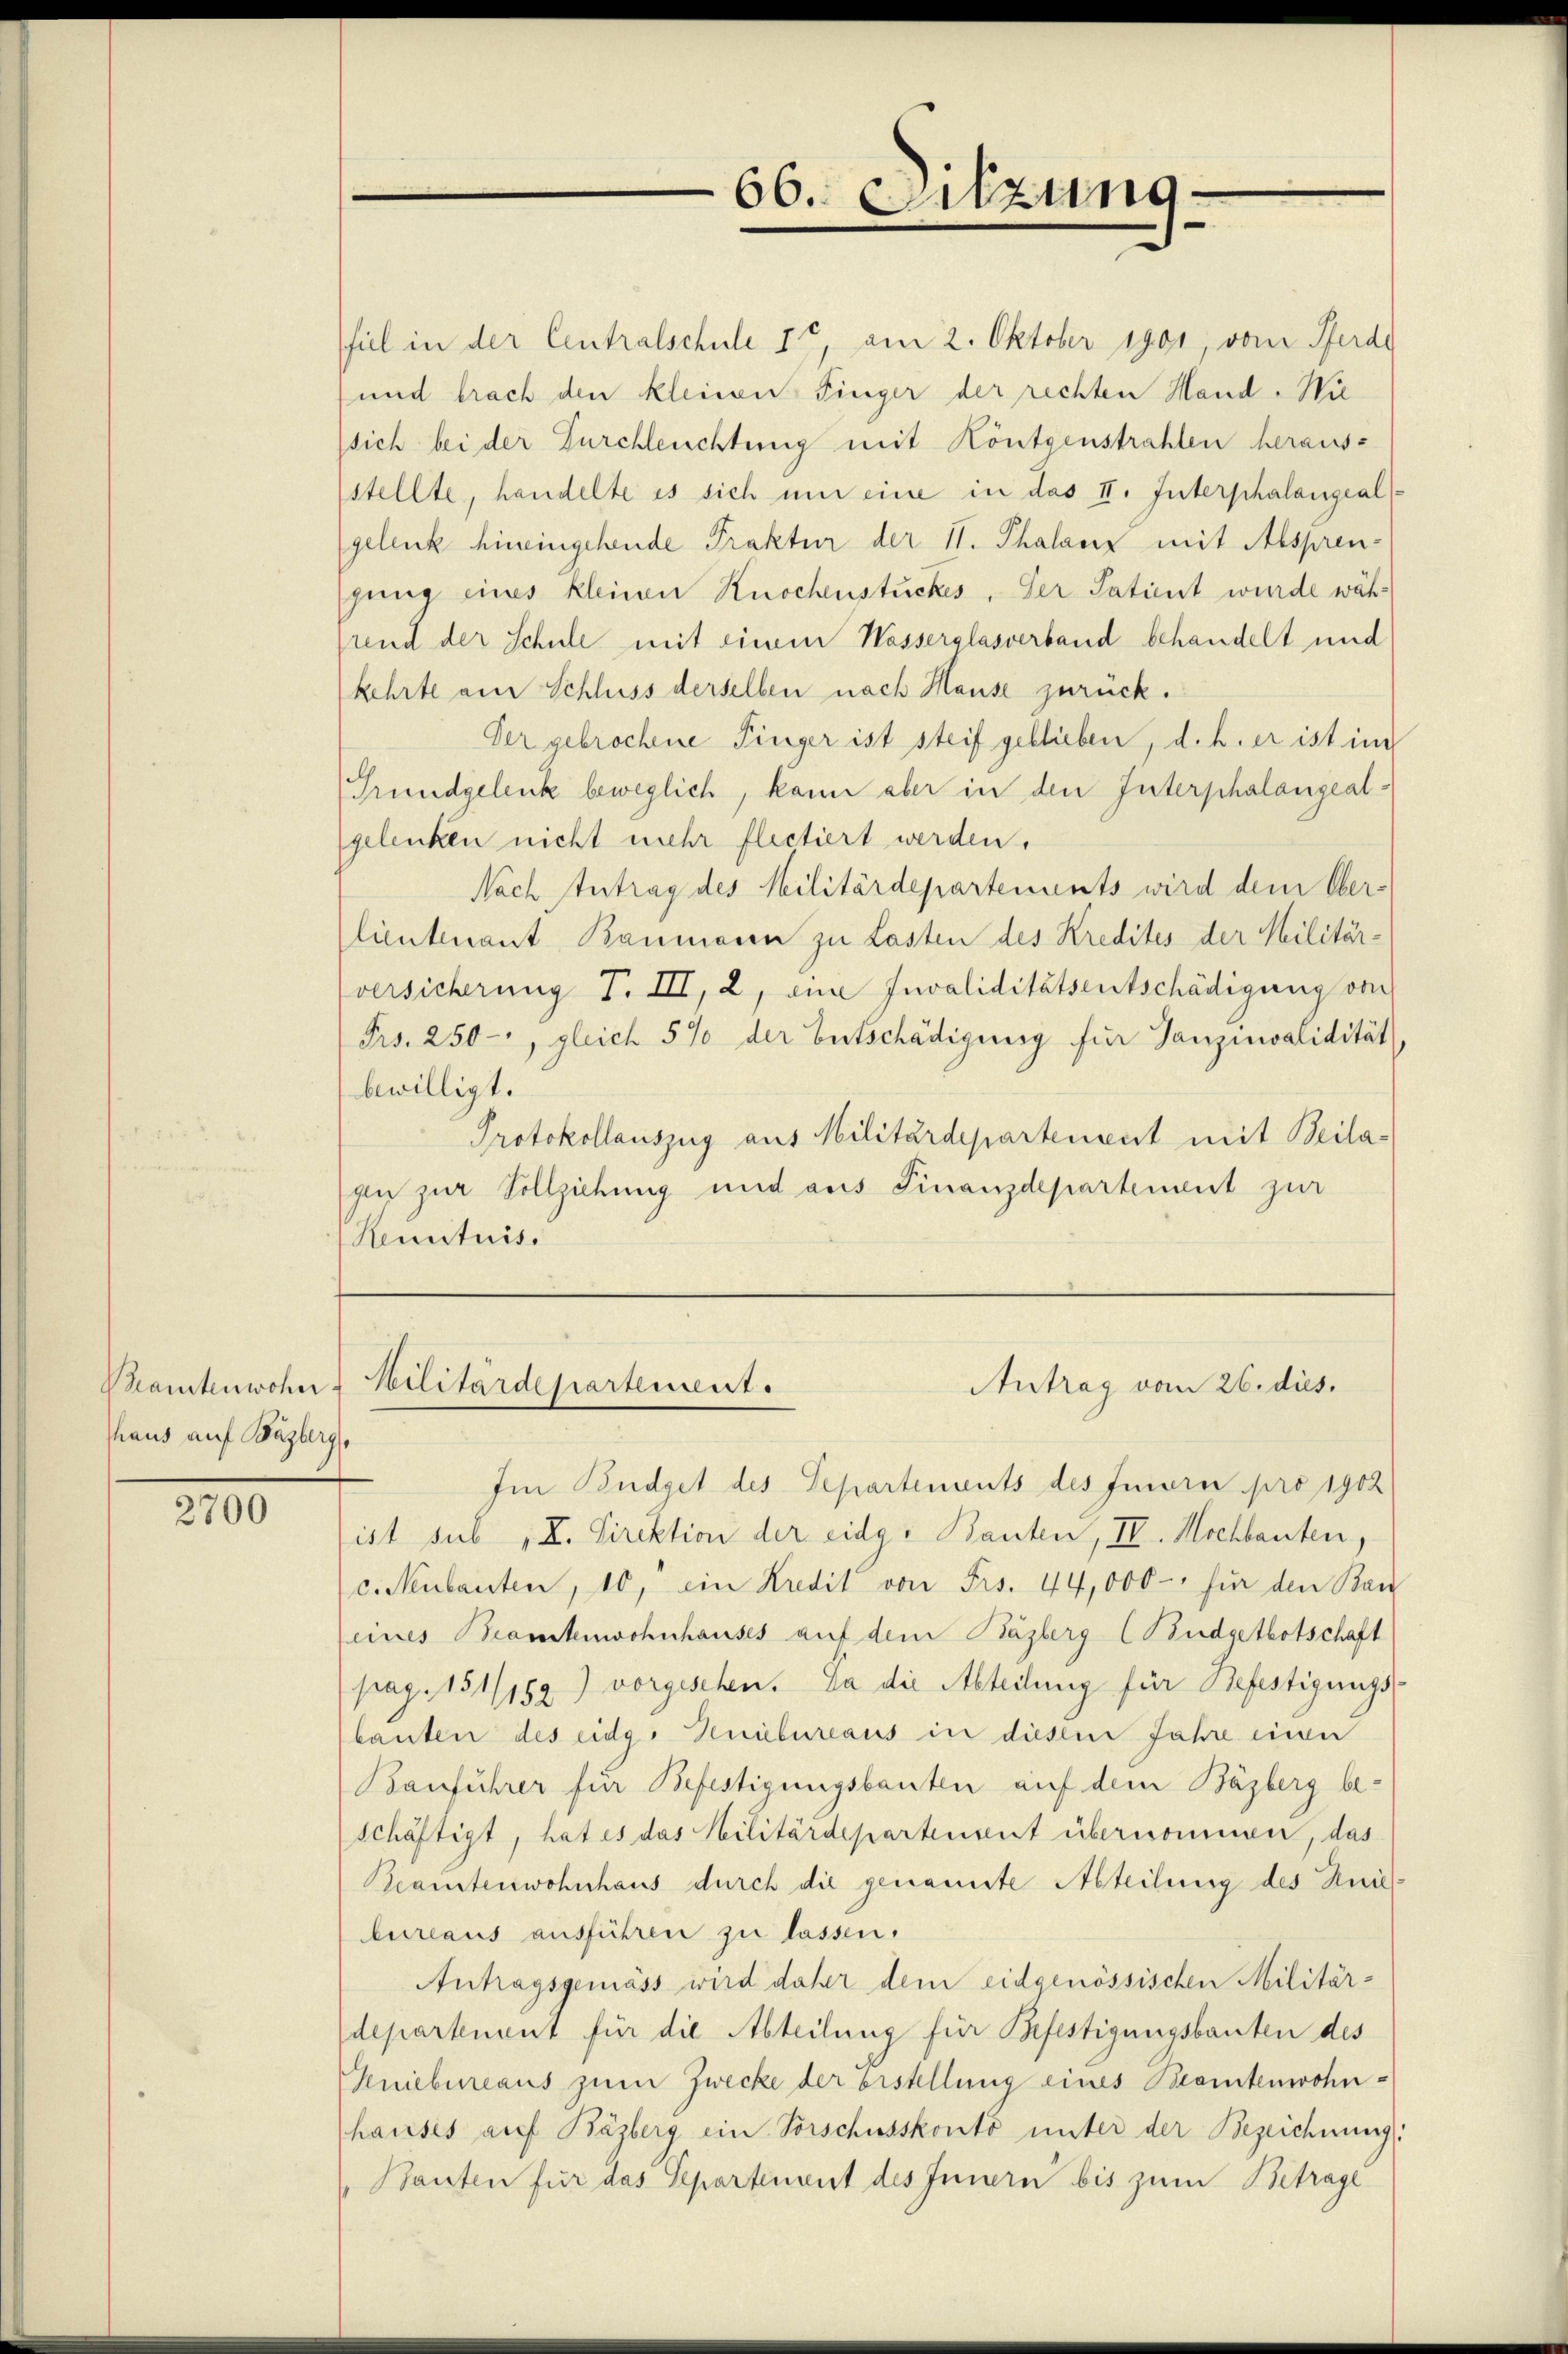
Prantenwohn
Thaus auf Buzberg,

2700

fil in der Centralschule It, am 2. Oktober 1901, vom Ferdi
und brach den kleinen Finger der rechten Hand. Wie
sich bei der Durchleuchtung mit Königenstrahlen heraus-
stellte, handelte es sich um eine in das II. Interphalangeal
gelenk hineingehende Praktur der 11. Thalanz mit Absprengung eines kleinen Knochenstückes, der Satient wurde wähuend der Schule mit einem Wasserglasverband behandelt und
kehrte am Schluss derselben nach Hause zurück.
Der gebrochene Finger ist steif geblieben, d. h. er ist im
Grundgelenk beweglich, kann aber in den Interphalangealgelenken nicht mehr flectiert werden.
Nach Antrag des Militärdepartenants wird dem Ober-
lieutenant Baumanen zu Lasten des Kredites der Militär-
versicherung T. III, 2, eine Invaliditätsentschädigung von
Frs. 250, gleich 5% der Entschädigung für Tanzinvalidität
bewilligt.
Protokollauszug aus Militärdepartement mit Beilagen zur Vollziehung und aus Finanzdepartement zur
Renituis.

66. Sitzung

Antrag vom 26. dies.
Militärdepartement.

Im Budget des Departements des Feiern pro 1902
ist sub II. Direktion der eidg. Bauten, IV. Mochbauten,
c. Neubauten, 10, ein Kredit von Frs. 44,000 - für den Bau
eines Beamtenwohnhauses auf dem Käzberg (Budgetbotschaft
pag. 151/159) vorgesehen. Da die Abteilung für Befestigungs-
bauten des eidg. Geniebureaus in diesem Jahre einen
Bauführer für Befestigungsbauten auf dem Bäzberg be-
schäftigt, hat es das Militärdepartensent übernommen, das
Beamtenwohnhaus durch die genannte Abteilung des Kniebureaus ausführen zu lassen.
Antragsgemäss wird daher dem eidgenössischen Militär-
departenant für die Abteilung für Befestigungsbauten des
Geniebureaus zum Zwecke der bestellung eines Beamtenwohn-
hauses auf Bäzberg ein Vorschusskonto unter der Bezeichnung
Bauten für das Separtement des Innern bis zum Betrage